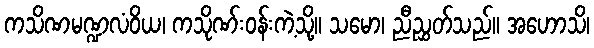
ကသိဏမဏ္ဍလံဝိယ၊ ကသိုဏ်းဝန်းကဲ့သို့။ သမော၊ ညီညွှတ်သည်။ အဟောသိ၊